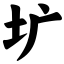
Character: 圹